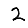
Digit: 2